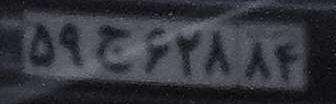
۵۹ج۶۲۸۸۴